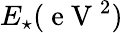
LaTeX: E_{\star}(\mathrm{~e~V~}^{2})